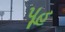
પૂહ